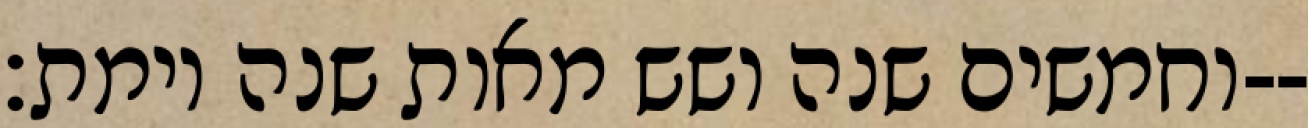
וחמשים שנה ושש מאות שנה וימת׃--